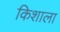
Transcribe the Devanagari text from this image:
किशाला